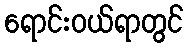
ရောင်းဝယ်ရာတွင်